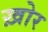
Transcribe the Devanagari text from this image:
ख़ोर